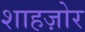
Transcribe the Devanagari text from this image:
शाहज़ोर